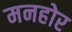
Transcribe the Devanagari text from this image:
मनहोर